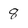
Character: 8